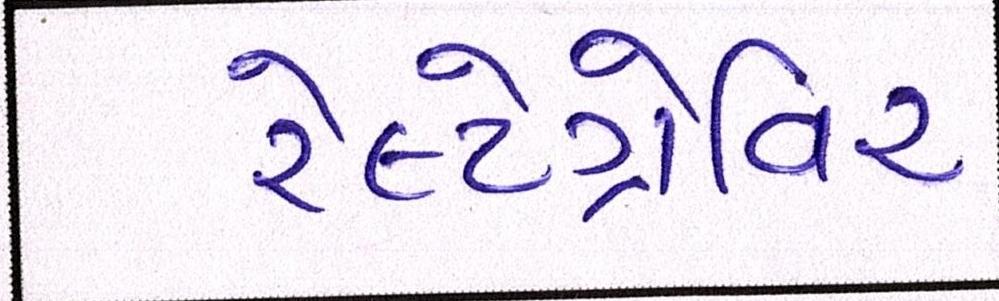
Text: રેલ્ટેગ્રેવિર